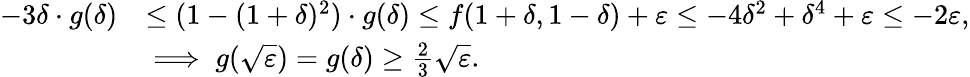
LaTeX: \begin{array}{rl}{-3\delta\cdot g(\delta)}&{\leq(1-(1+\delta)^{2})\cdot g(\delta)\leq f(1+\delta,1-\delta)+\varepsilon\leq-4\delta^{2}+\delta^{4}+\varepsilon\leq-2\varepsilon,}\\ &{\implies g(\sqrt{\varepsilon})=g(\delta)\geq\frac{2}{3}\sqrt{\varepsilon}.}\end{array}